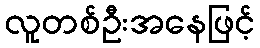
လူတစ်ဦးအနေဖြင့်